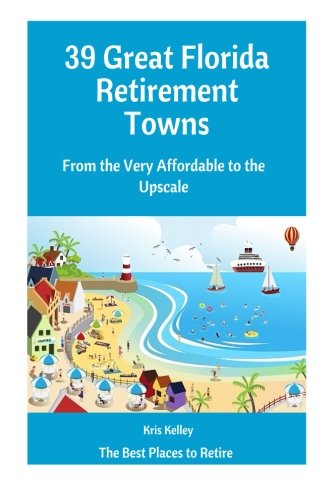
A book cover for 39 Great Florida Retirement Towns: From the Very Affordable to the Upscale (The Best Places to Retire) (Volume 3); Kris Kelley; Travel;